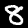
Label: 8